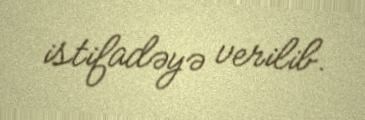
istifadəyə verilib.